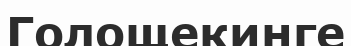
Голощекинге